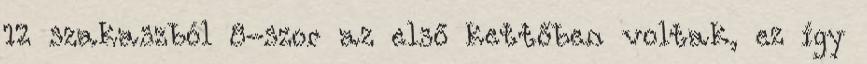
12 szakaszból 8-szor az első kettőben voltak, ez így